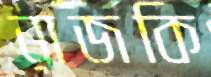
রাজকি